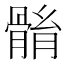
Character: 䯚